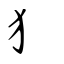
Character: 犭